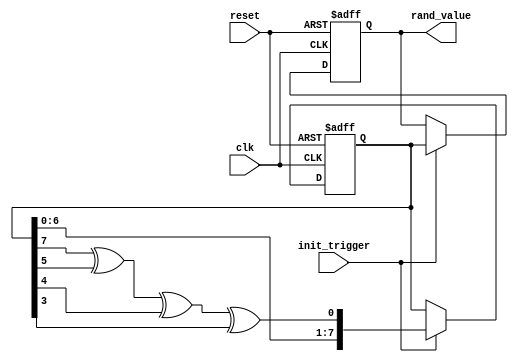
module RandomInitialization #(
    parameter WIDTH = 8,          // Width of the random output
    parameter SEED = 8'hA5       // Default seed value
)(
    input wire clk,               // Clock signal
    input wire reset,             // Reset signal
    input wire init_trigger,      // Trigger for initialization
    output reg [WIDTH-1:0] rand_value // Random value output
);

    // Internal state for the LFSR
    reg [WIDTH-1:0] lfsr;

    // LFSR feedback polynomial (example: x^8 + x^6 + x^5 + x^4 + 1)
    wire feedback = lfsr[7] ^ lfsr[5] ^ lfsr[4] ^ lfsr[3];

    // Always block for random number generation
    always @(posedge clk or posedge reset) begin
        if (reset) begin
            // Reset the LFSR to the seed value
            lfsr <= SEED;
            rand_value <= 0;
        end else if (init_trigger) begin
            // Generate the next random value
            lfsr <= {lfsr[WIDTH-2:0], feedback}; // Shift and feedback
            rand_value <= lfsr; // Update random value output
        end
    end

endmodule